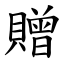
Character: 贈